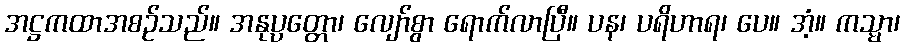
အဋ္ဌကထာအစဉ်သည်။ အနုပ္ပတ္တော၊ လျော်စွာ ရောက်လာပြီ။ ပန၊ ပရိဟာရ၊ ပေ။ အံ့။ ကသ္မာ၊